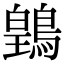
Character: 䳨